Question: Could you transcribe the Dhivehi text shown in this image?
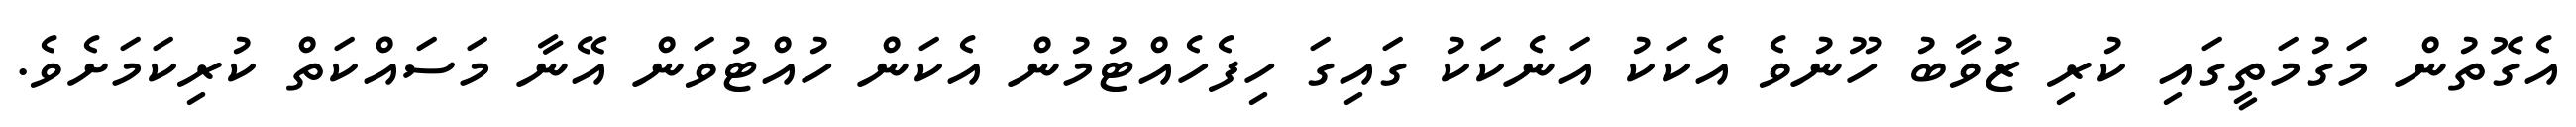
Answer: އެގޮތުން މަގުމަތީގައި ކުރި ޒުވާބު ހޫނުވެ އެކަކު އަނެކަކު ގައިގަ ހިފެހެއްޓުމުން އެކަން ހުއްޓުވަން އޭނާ މަސައްކަތް ކުރިކަމަށެވެ.